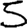
Digit: 5